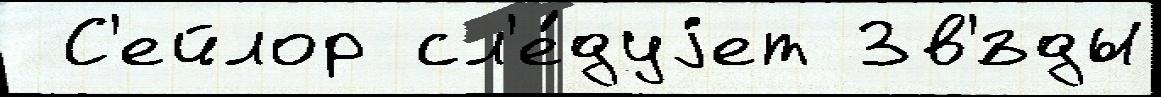
 С'ейлор сл'е́дуjет Зв'́зды